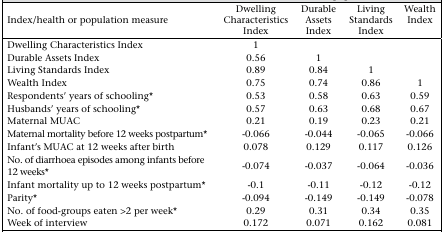
<table><thead><tr><td><b>Index/health or population measure</b></td><td><b>Dwelling Characteristics Index</b></td><td><b>Durable Assets Index</b></td><td><b>Living Standards Index</b></td><td><b>Wealth Index</b></td></tr></thead><tbody><tr><td>Dwelling Characteristics Index</td><td>1</td><td></td><td></td><td></td></tr><tr><td>Durable Assets Index</td><td>0.56</td><td>1</td><td></td><td></td></tr><tr><td>Living Standards Index</td><td>0.89</td><td>0.84</td><td>1</td><td></td></tr><tr><td>Wealth Index</td><td>0.75</td><td>0.74</td><td>0.86</td><td>1</td></tr><tr><td>Respondents’ years of schooling*</td><td>0.53</td><td>0.58</td><td>0.63</td><td>0.59</td></tr><tr><td>Husbands’ years of schooling*</td><td>0.57</td><td>0.63</td><td>0.68</td><td>0.67</td></tr><tr><td>Maternal MUAC</td><td>0.21</td><td>0.19</td><td>0.23</td><td>0.21</td></tr><tr><td>Maternal mortality before 12 weeks postpartum*</td><td>-0.066</td><td>-0.044</td><td>-0.065</td><td>-0.066</td></tr><tr><td>Infant&#x27;s MUAC at 12 weeks after birth</td><td>0.078</td><td>0.129</td><td>0.117</td><td>0.126</td></tr><tr><td>No. of diarrhoea episodes among infants before 12 weeks*</td><td>-0.074</td><td>-0.037</td><td>-0.064</td><td>-0.036</td></tr><tr><td>Infant mortality up to 12 weeks postpartum*</td><td>-0.1</td><td>-0.11</td><td>-0.12</td><td>-0.12</td></tr><tr><td>Parity*</td><td>-0.094</td><td>-0.149</td><td>-0.149</td><td>-0.078</td></tr><tr><td>No. of food-groups eaten &gt;2 per week*</td><td>0.29</td><td>0.31</td><td>0.34</td><td>0.35</td></tr><tr><td>Week of interview</td><td>0.172</td><td>0.071</td><td>0.162</td><td>0.081</td></tr></tbody></table>